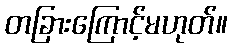
တခြားကြောင့်မဟုတ်။